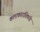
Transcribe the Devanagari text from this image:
कलाकारांविषयी